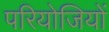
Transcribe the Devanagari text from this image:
परियोजियों